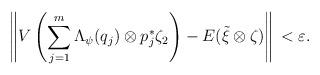
LaTeX: \begin{align*}\left\|V\left(\sum_{j=1}^m\Lambda_{\psi}(q_j)\otimes p_j^*\zeta_2\right)-E(\tilde{\xi}\otimes\zeta)\right\|\,<\varepsilon.\end{align*}